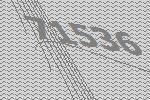
71536